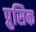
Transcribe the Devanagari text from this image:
प्रुसिक